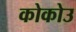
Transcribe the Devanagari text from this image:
कोकोउ